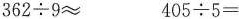
$$362\div 9\approx$$ $$405\div 5=$$